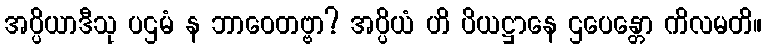
အပ္ပိယာဒီသု ပဌမံ န ဘာဝေတဗ္ဗာ? အပ္ပိယံ ဟိ ပိယဋ္ဌာနေ ဌပေန္တော ကိလမတိ။